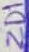
Text: ZD1